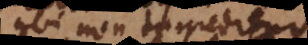
ubi non ingreditur